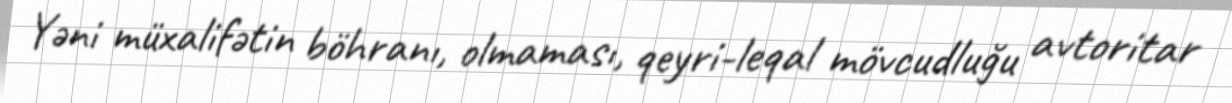
Yəni müxalifətin böhranı, olmaması, qeyri-leqal mövcudluğu avtoritar